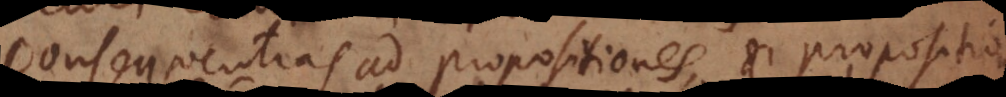
consequentias ad propositiones, et proposition